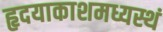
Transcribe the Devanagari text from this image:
हृदयाकाशमध्यस्थं